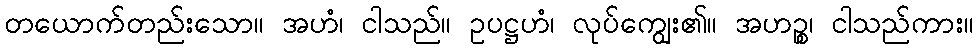
တယောက်တည်းသော။ အဟံ၊ ငါသည်။ ဥပဋ္ဌဟံ၊ လုပ်ကျွေး၏။ အဟဉ္စ၊ ငါသည်ကား။